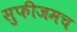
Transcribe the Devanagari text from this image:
सुफीजमच